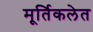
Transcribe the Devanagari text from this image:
मूर्तिकलेत